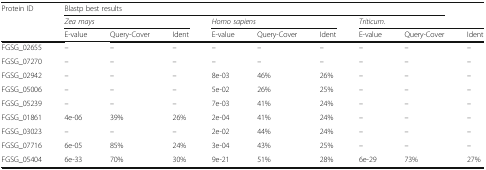
<table><thead><tr><td><b>Protein ID</b></td><td colspan="8"><b>Blastp best results</b></td><td></td></tr><tr><td></td><td colspan="3"><b><i>Zea mays</i></b></td><td colspan="3"><b><i>Homo sapiens</i></b></td><td colspan="3"><b><i>Triticum</i>.</b></td></tr><tr><td></td><td><b>E-value</b></td><td><b>Query-Cover</b></td><td><b>Ident</b></td><td><b>E-value</b></td><td><b>Query-Cover</b></td><td><b>Ident</b></td><td><b>E-value</b></td><td><b>Query-Cover</b></td><td><b>Ident</b></td></tr></thead><tbody><tr><td>FGSG_02655</td><td>–</td><td>–</td><td>–</td><td>–</td><td>–</td><td>–</td><td>–</td><td>–</td><td>–</td></tr><tr><td>FGSG_07270</td><td>–</td><td>–</td><td>–</td><td>–</td><td>–</td><td>–</td><td>–</td><td>–</td><td>–</td></tr><tr><td>FGSG_02942</td><td>–</td><td>–</td><td>–</td><td>8e-03</td><td>46%</td><td>26%</td><td>–</td><td>–</td><td>–</td></tr><tr><td>FGSG_05006</td><td>–</td><td>–</td><td>–</td><td>5e-02</td><td>26%</td><td>25%</td><td>–</td><td>–</td><td>–</td></tr><tr><td>FGSG_05239</td><td>–</td><td>–</td><td>–</td><td>7e-03</td><td>41%</td><td>24%</td><td>–</td><td>–</td><td>–</td></tr><tr><td>FGSG_01861</td><td>4e-06</td><td>39%</td><td>26%</td><td>2e-04</td><td>41%</td><td>24%</td><td>–</td><td>–</td><td>–</td></tr><tr><td>FGSG_03023</td><td>–</td><td>–</td><td>–</td><td>2e-02</td><td>44%</td><td>24%</td><td>–</td><td>–</td><td>–</td></tr><tr><td>FGSG_07716</td><td>6e-05</td><td>85%</td><td>24%</td><td>3e-04</td><td>43%</td><td>25%</td><td>–</td><td>–</td><td>–</td></tr><tr><td>FGSG_05404</td><td>6e-33</td><td>70%</td><td>30%</td><td>9e-21</td><td>51%</td><td>28%</td><td>6e-29</td><td>73%</td><td>27%</td></tr></tbody></table>